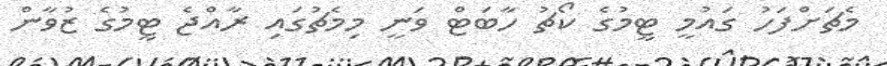
މެޗަށްފަހު ގައުމީ ޓީމުގެ ކޯޗު ހާބަޓް ވަނީ މިމެޗުގައި ރާއްޖެ ޓީމުގެ ޒުވާން